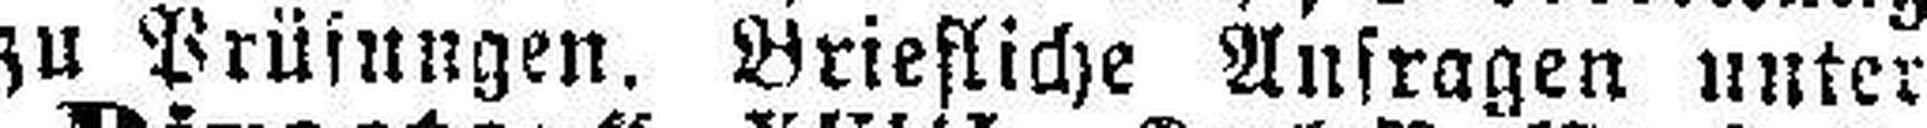
zu Prüfungen. Briefliche Anfragen unter